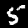
Label: 5